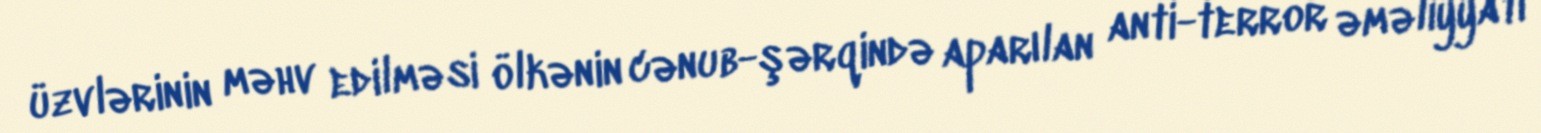
üzvlərinin məhv edilməsi ölkənin cənub-şərqində aparılan anti-terror əməliyyatı